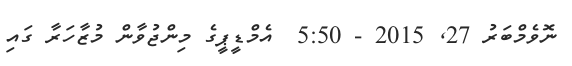
ނޮވެމްބަރު 27